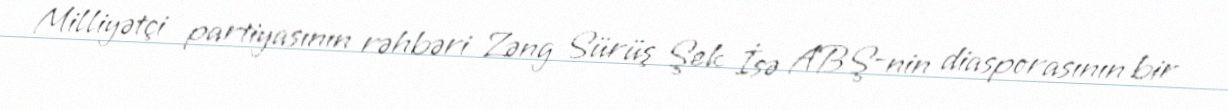
Milliyətçi partiyasının rəhbəri Zəng Sürüş Şek İsə ABŞ-nin diasporasının bir